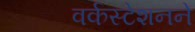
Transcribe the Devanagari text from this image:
वर्कस्टेशनने